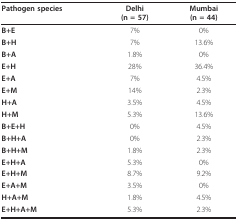
<table><thead><tr><td><b>Pathogen species</b></td><td><b>Delhi(n = 57)</b></td><td><b>Mumbai(n = 44)</b></td></tr></thead><tbody><tr><td><b>B+E</b></td><td>7%</td><td>0%</td></tr><tr><td><b>B+H</b></td><td>7%</td><td>13.6%</td></tr><tr><td><b>B+A</b></td><td>1.8%</td><td>0%</td></tr><tr><td><b>E+H</b></td><td>28%</td><td>36.4%</td></tr><tr><td><b>E+A</b></td><td>7%</td><td>4.5%</td></tr><tr><td><b>E+M</b></td><td>14%</td><td>2.3%</td></tr><tr><td><b>H+A</b></td><td>3.5%</td><td>4.5%</td></tr><tr><td><b>H+M</b></td><td>5.3%</td><td>13.6%</td></tr><tr><td><b>B+E+H</b></td><td>0%</td><td>4.5%</td></tr><tr><td><b>B+H+A</b></td><td>0%</td><td>2.3%</td></tr><tr><td><b>B+H+M</b></td><td>1.8%</td><td>2.3%</td></tr><tr><td><b>E+H+A</b></td><td>5.3%</td><td>0%</td></tr><tr><td><b>E+H+M</b></td><td>8.7%</td><td>9.2%</td></tr><tr><td><b>E+A+M</b></td><td>3.5%</td><td>0%</td></tr><tr><td><b>H+A+M</b></td><td>1.8%</td><td>4.5%</td></tr><tr><td><b>E+H+A+M</b></td><td>5.3%</td><td>2.3%</td></tr></tbody></table>